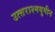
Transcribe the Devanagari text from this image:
उत्त्तराश्मयुगीन